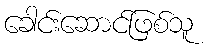
ခေါင်းဆောင်ဖြစ်သူ